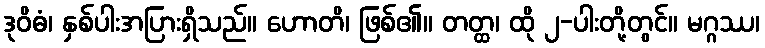
ဒုဝိဓံ၊ နှစ်ပါးအပြားရှိသည်။ ဟောတိ၊ ဖြစ်၏။ တတ္ထ၊ ထို ၂-ပါးတို့တွင်။ မဂ္ဂဿ၊